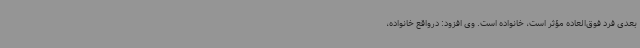
بعدی فرد فوق‌العاده مؤثر است، خانواده است. وی افزود: درواقع خانواده،